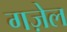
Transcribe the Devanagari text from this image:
गज़ेल